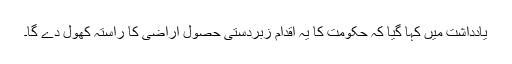
یادداشت میں کہا گیا کہ حکومت کا یہ اقدام زبردستی حصول اراضی کا راستہ کھول دے گا۔